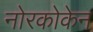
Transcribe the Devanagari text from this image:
नोरकोकेन